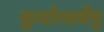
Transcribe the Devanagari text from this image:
कुर्यात्सर्वेषु